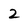
Character: 2